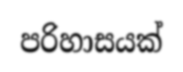
පරිහාසයක්